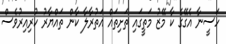
ހަސީނާ އެގޭގެ ކާ މޭޒު މަތީގައި ތަށިތައް އަތުރާލާ ކާން ތައްޔާރު ކުރިއިރުވެސް